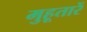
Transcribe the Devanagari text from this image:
मुहूतारें